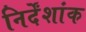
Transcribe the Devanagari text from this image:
निर्देंशांक